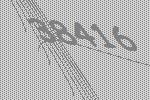
38416